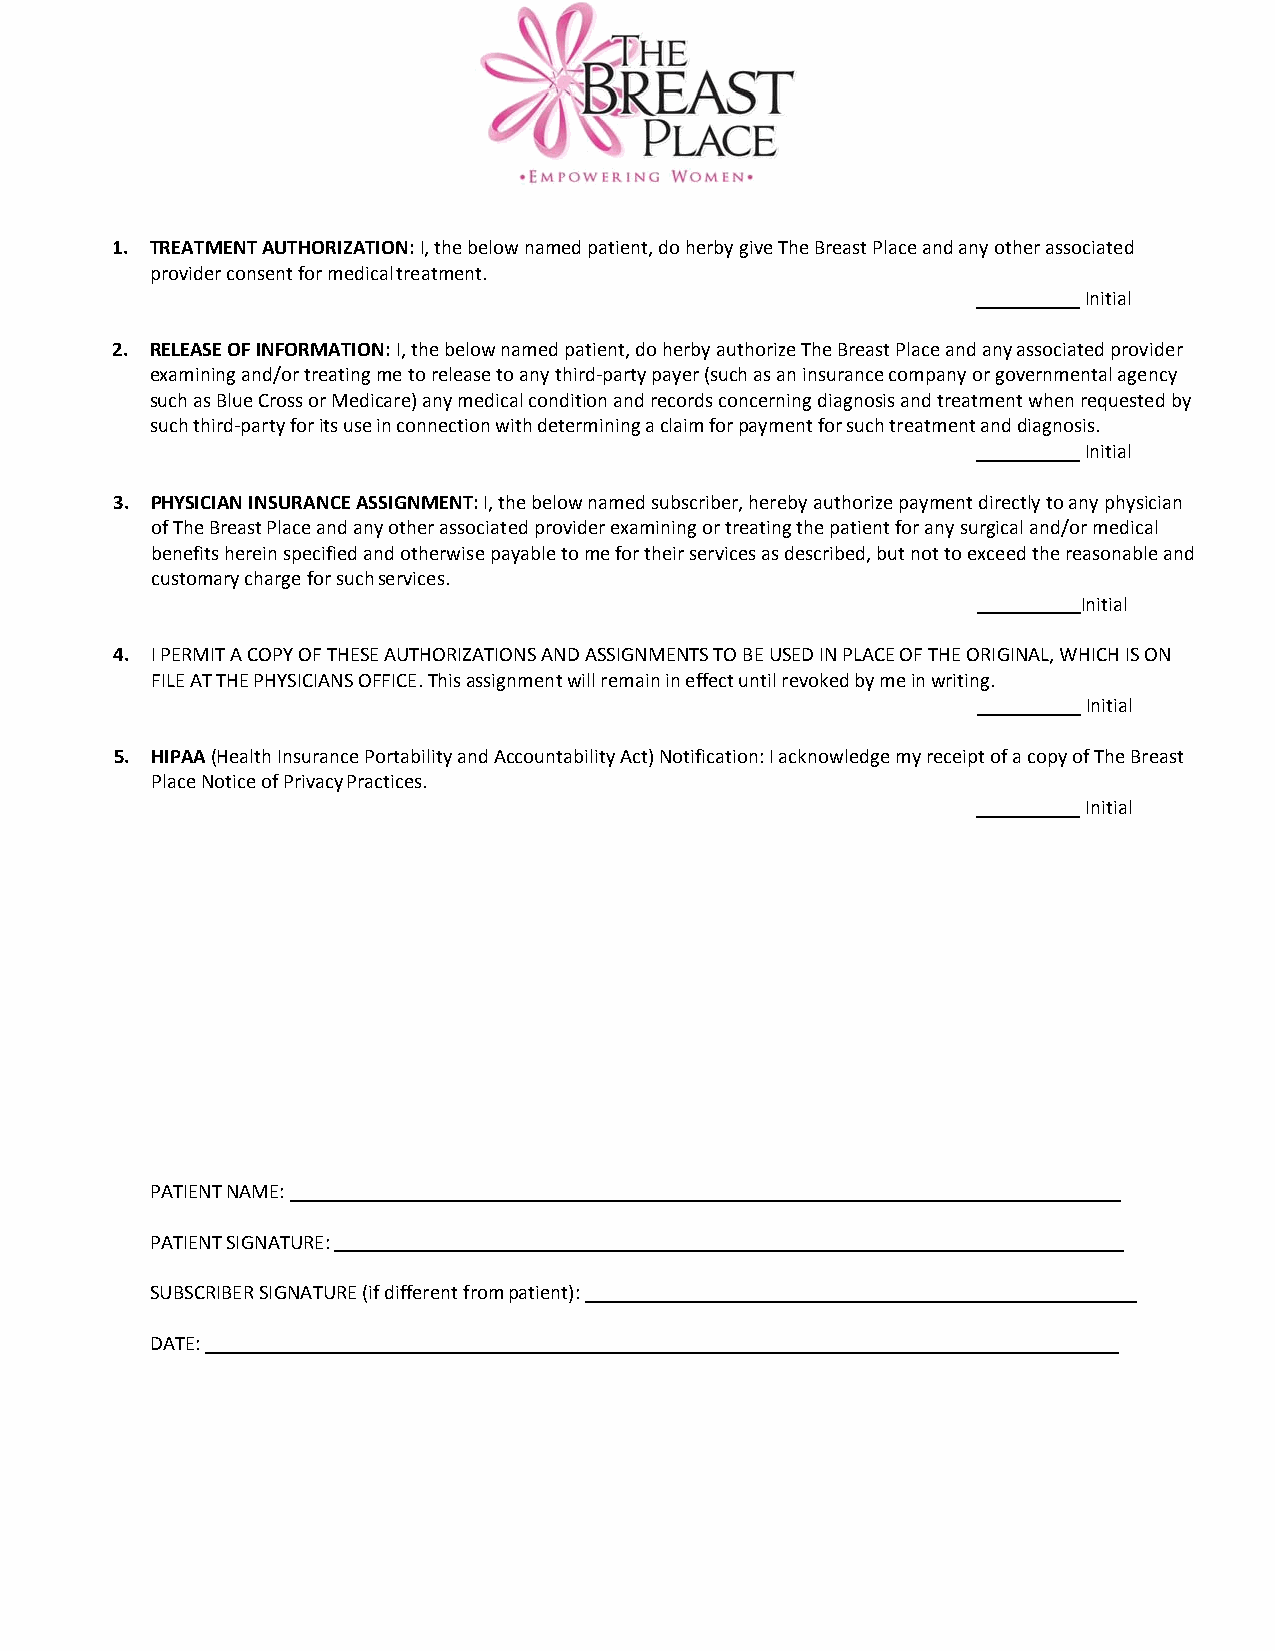
1. TREATMENT AUTHORIZATION: I, the below named patient, do herby give The Breast Place and any other associated
 provider consent for medical treatment.
 Initial
 2. RELEASE OF INFORMATION: I, the below named patient, do herby authorize The Breast Place and any associated provider
 examining and/or treating me to release to any third‐party payer (such as an insurance company or governmental agency
 such as Blue Cross or Medicare) any medical condition and records concerning diagnosis and treatment when requested by
 such third‐party for its use in connection with determining a claim for payment for such treatment and diagnosis.
 Initial
 3. PHYSICIAN INSURANCE ASSIGNMENT: I, the below named subscriber, hereby authorize payment directly to any physician
 of The Breast Place and any other associated provider examining or treating the patient for any surgical and/or medical
 benefits herein specified and otherwise payable to me for their services as described, but not to exceed the reasonable and
 customary charge for such services.
 Initial
 4. I PERMIT A COPY OF THESE AUTHORIZATIONS AND ASSIGNMENTS TO BE USED IN PLACE OF THE ORIGINAL, WHICH IS ON
 FILE AT THE PHYSICIANS OFFICE. This assignment will remain in effect until revoked by me in writing.
 Initial
 5. HIPAA (Health Insurance Portability and Accountability Act) Notification: I acknowledge my receipt of a copy of The Breast
 Place Notice of Privacy Practices.
 Initial
 PATIENT NAME:
 PATIENT SIGNATURE:
 SUBSCRIBER SIGNATURE (if different from patient):
 DATE: